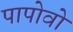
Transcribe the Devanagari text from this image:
पापोवो